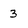
Character: 3